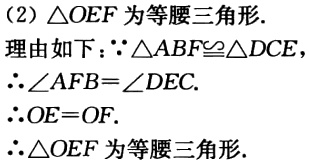
（2）$\triangle OEF$为等腰三角形.
理由如下：$\because\triangle ABF\cong\triangle DCE$，
$\therefore\angle AFB = \angle DEC$.
$\therefore OE = OF$.
$\therefore\triangle OEF$为等腰三角形.